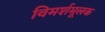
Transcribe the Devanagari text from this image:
विमर्शमूलक